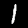
Digit: 1